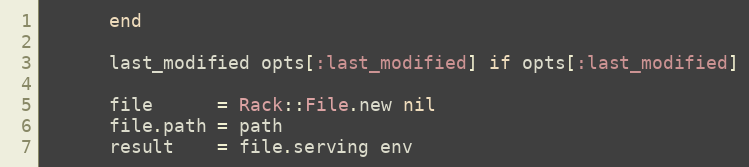
Language: Ruby
      end

      last_modified opts[:last_modified] if opts[:last_modified]

      file      = Rack::File.new nil
      file.path = path
      result    = file.serving env